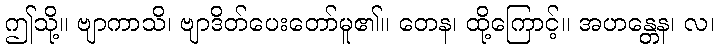
ဤသို့။ ဗျာကာသိ၊ ဗျာဒိတ်ပေးတော်မူ၏။ တေန၊ ထို့ကြောင့်။ အဟန္တေန၊ လ၊